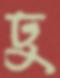
ঢু